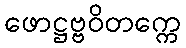
ဖောဋ္ဌဗ္ဗဝိတက္ကေ